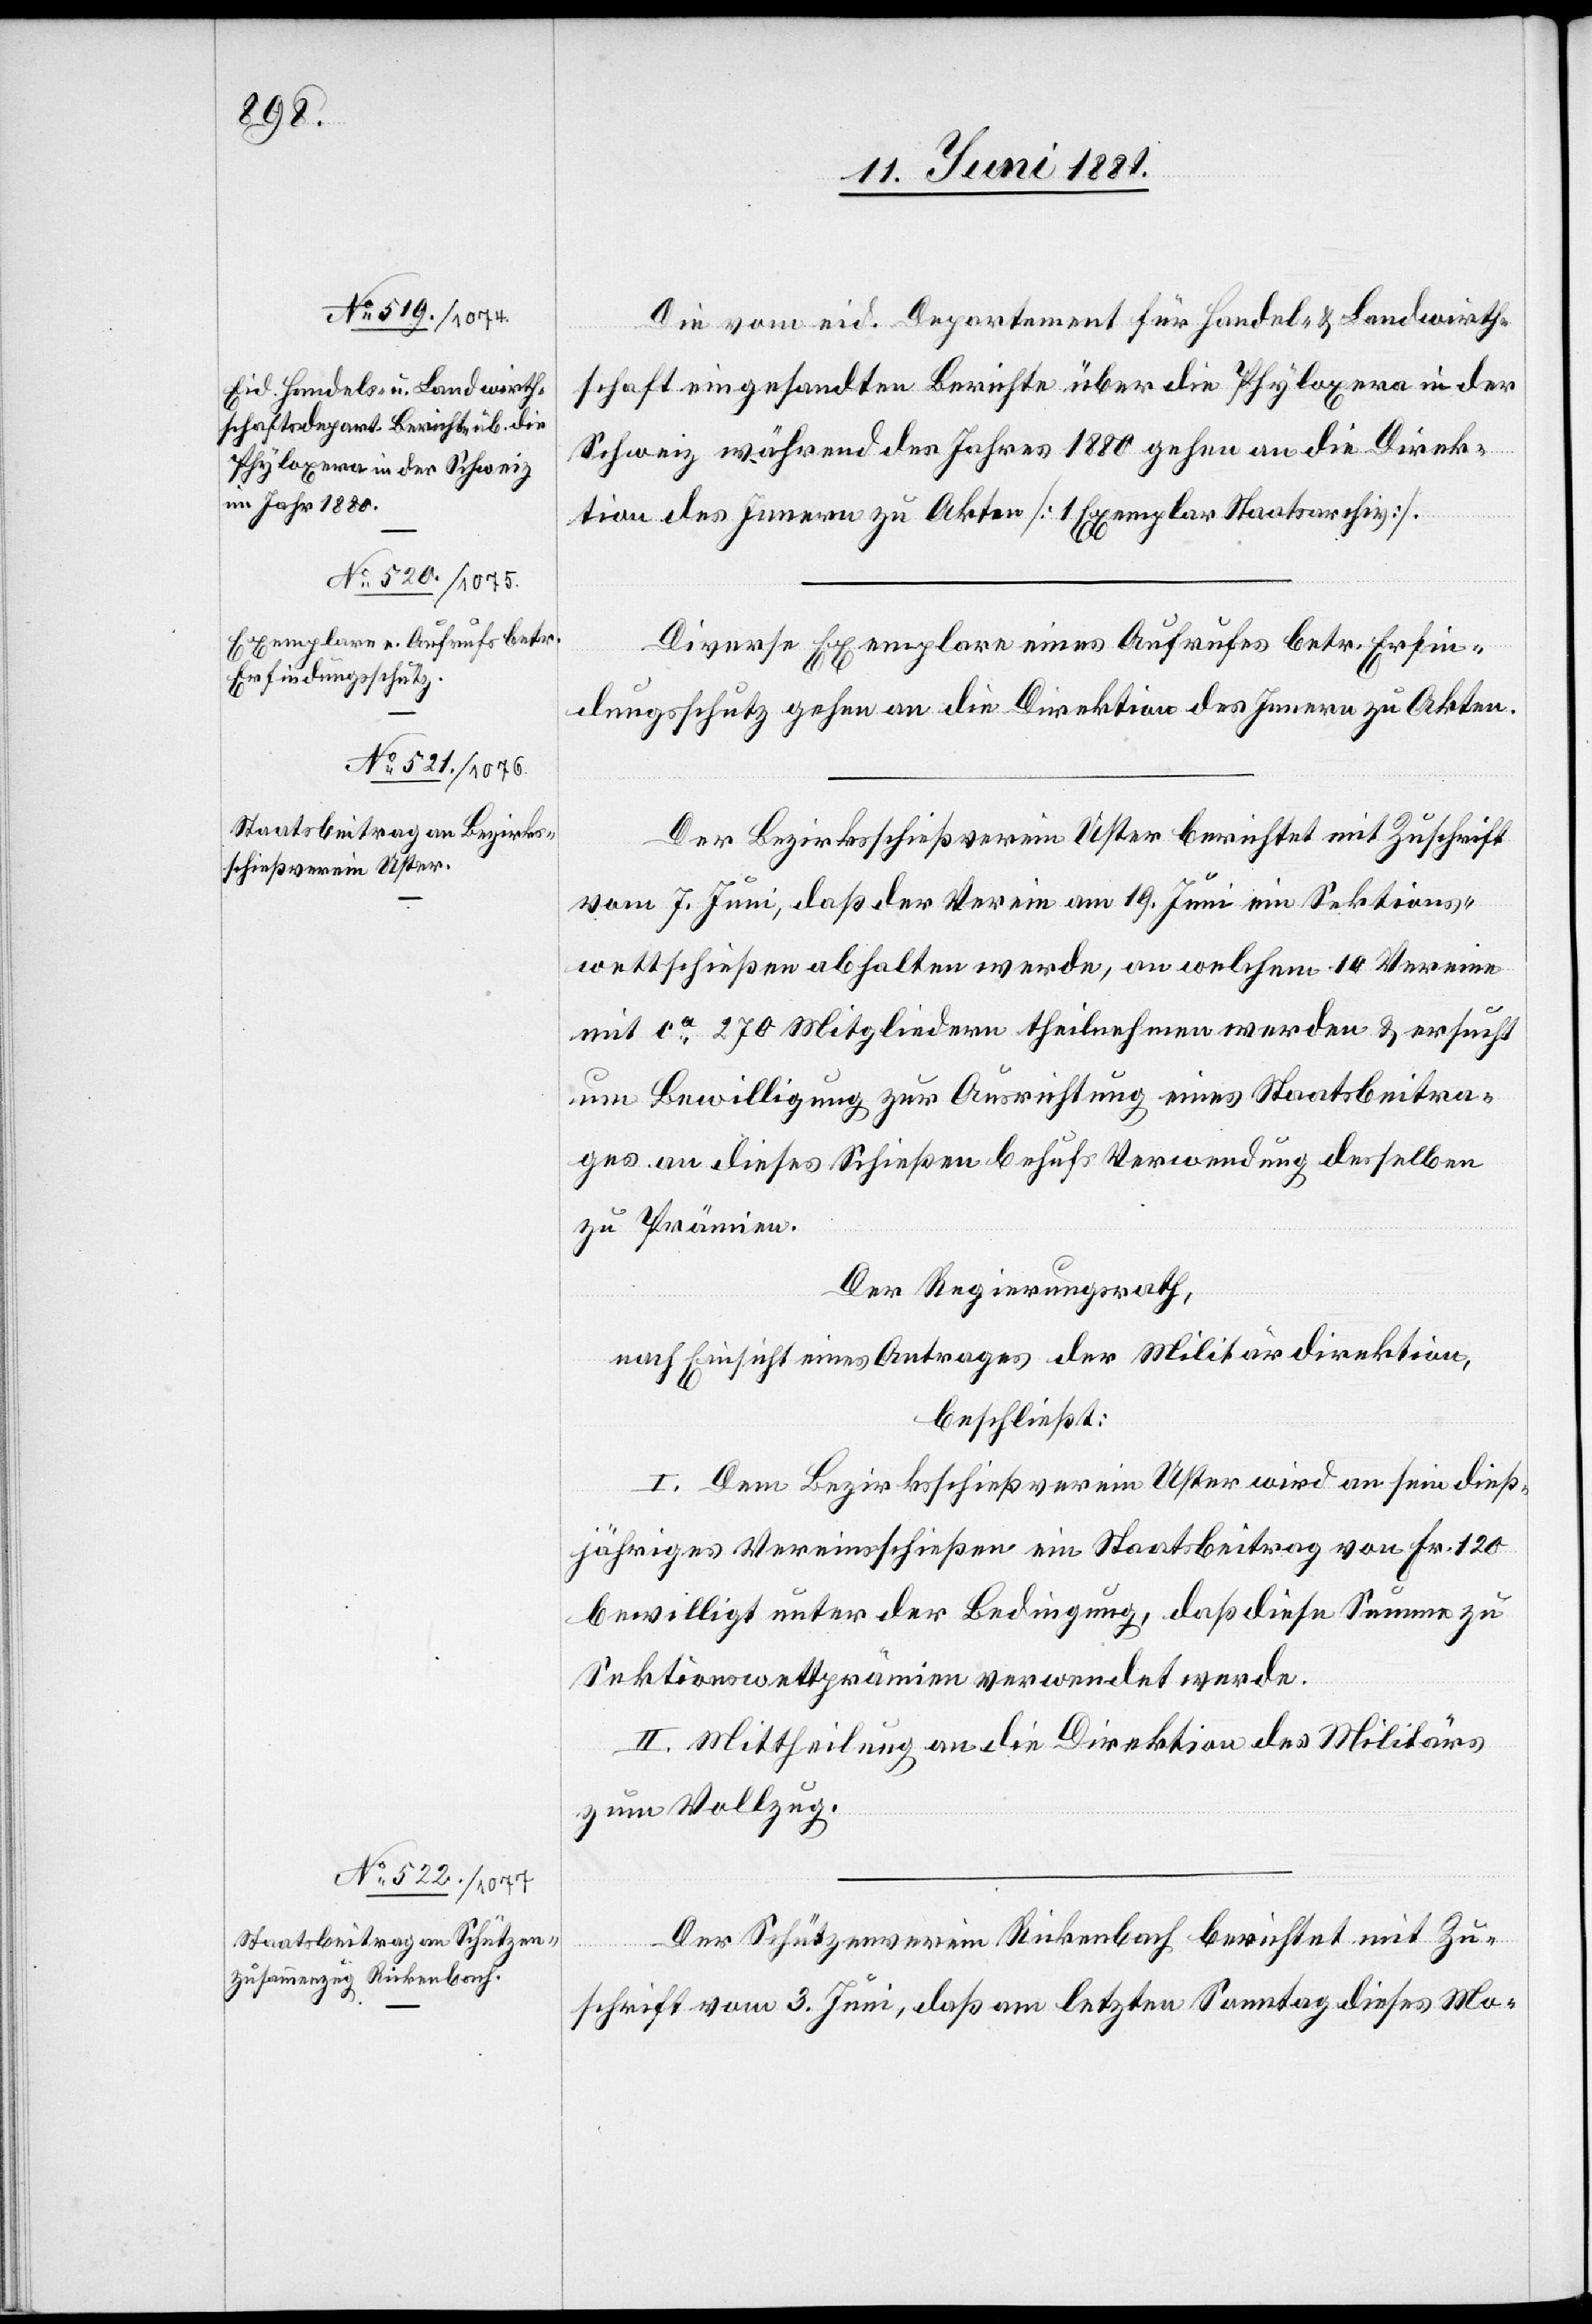
Die vom eid. Departement für Handel- & Landwirth¬
schaft eingesandten Berichte über die Phyloxera in der
Schweiz während des Jahres 1880 gehen an die Direk¬
tion des Innern zu Akten [1 Exemplar Staatsarchiv].
Diverse Exemplare eines Aufrufes betr. Erfin¬
dungsschutz gehen an die Direktion des Innern zu Akten.
Der Bezirksschießverein Uster berichtet mit Zuschrift
vom 7. Juni, daß der Verein am 19. Juni ein Sektions¬
wettschießen abhalten werde, an welchem 10 Vereine
mit ca 270 Mitgliedern theilnehmen werden & ersucht
um Bewilligung zur Ausrichtung eines Staatsbeitra¬
ges an dieses Schießen behufs Verwendung desselben
zu Prämien.
Der Regierungsrath,
nach Einsicht eines Antrages der Militärdirektion,
beschließt:
I. Dem Bezirksschießverein Uster wird an sein dieß¬
jähriges Vereinsschießen ein Staatsbeitrag von Fr. 120
bewilligt unter der Bedingung, daß diese Summe zu
Sektionswettprämien verwendet werde.
II. Mittheilung an die Direktion des Militärs
zum Vollzug.
Der Schützenverein Rickenbach berichtet mit Zu¬
schrift vom 3. Juni, daß am letzten Sonntag dieses Mo-